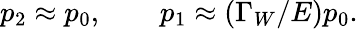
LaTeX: p_{2}\approx p_{0},\ \ \ \ \ \ \ \ p_{1}\approx(\Gamma_{W}/E)p_{0}.